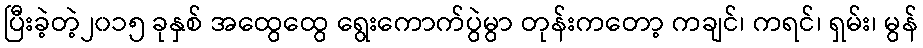
ပြီးခဲ့တဲ့၂၀၁၅ ခုနှစ် အထွေထွေ ရွေးကောက်ပွဲမွာ တုန်းကတော့ ကချင်၊ ကရင်၊ ရှမ်း၊ မွန်